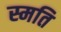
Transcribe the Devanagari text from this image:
स्मति